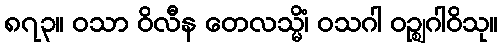
၈၇၃။ ဝသာ ဝိလီန တေလသ္မိံ၊ ဝသဂါ ဝဉ္ဈဂါဝိသု။